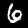
Digit: 6